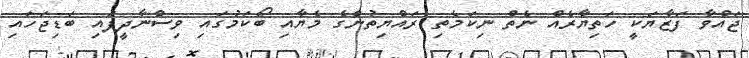
ޖައްވާ ފަޒާޔަކީ ހަތިޔާރެއް ނެތް ނިކަމެތި ރައްޔިތުންގެ މެޔާއި ބޯކަމުގައި ވިސްނާދީފައި ބަޑިޖަހައި